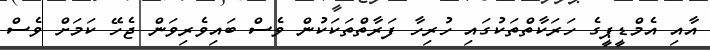
އާއި އެމްޑީޕީގެ ހަރަކާތްތަކުގައި ހުރިހާ ފަރާތްތަކަކުން ވެސް ބައިވެރިވަން ޖެހޭ ކަމަށް ވެސް